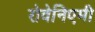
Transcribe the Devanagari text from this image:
रोवेनिएमी